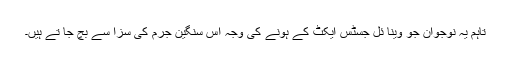
تاہم یہ نوجوان جو وینا ئل جسٹس ایکٹ کے ہونے کی وجہ اس سنگین جرم کی سزا سے بچ جا تے ہیں۔